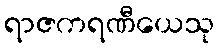
ရာဇကရဏီယေသု